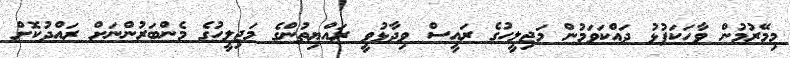
މިމޭރުމުން ވާހަކަފުޅު ދައްކަވަމުން މަޖިލީހުގެ ރައީސް ވިދާޅުވީ ރައްޔިތުންގެ މަޖިލީހުގެ މެންބަރުންނަށް ރައްދުކޮށް